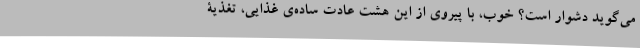
می‌گوید دشوار است؟ خوب، با پیروی از این هشت عادت ساده‌ی غذایی، تغذیۀ